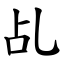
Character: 乩